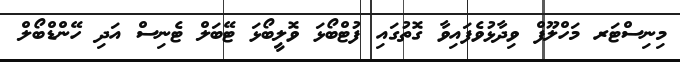
މިނިސްޓަރ މަހްލޫފް ވިދާޅުވެފައިވާ ގޮތުގައި ފުޓްބޯޅަ ވޮލީބޯޅަ ޓޭބަލް ޓެނިސް އަދި ހޭންޑްބޯލް